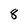
Character: 8